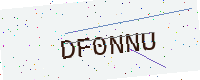
Text: DF0NNU